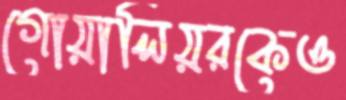
গোয়ালিয়রকেও